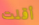
أقلت